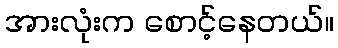
အားလုံးက စောင့်နေတယ်။